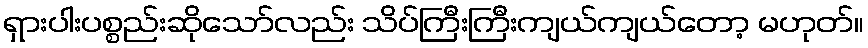
ရှားပါးပစ္စည်းဆိုသော်လည်း သိပ်ကြီးကြီးကျယ်ကျယ်တော့ မဟုတ်။